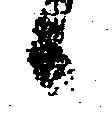
候